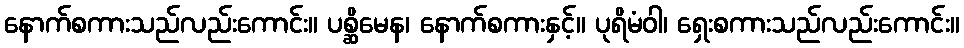
နောက်စကားသည်လည်းကောင်း။ ပစ္ဆိမေန၊ နောက်စကားနှင့်။ ပုရိမံဝါ၊ ရှေးစကားသည်လည်းကောင်း။